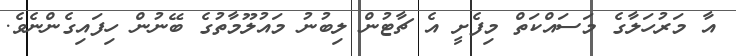
އާ މަރުހަލާގެ މަސައްކަތް މިފެށީ އެ ޗާޓުން ލިބުނު މައުލޫމާތުގެ ބޭނުން ހިފައިގެންނެވެ.